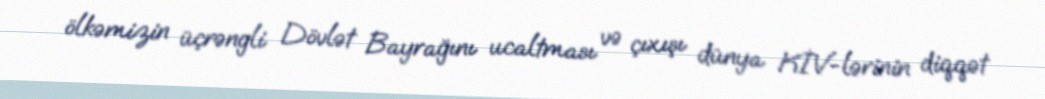
ölkəmizin üçrəngli Dövlət Bayrağını ucaltması və çıxışı dünya KİV-lərinin diqqət